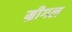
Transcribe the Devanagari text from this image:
म्रीगल